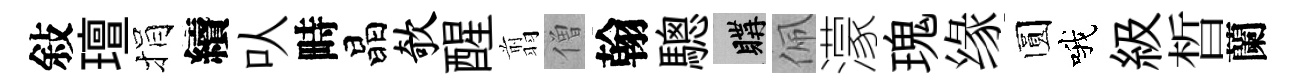
敍璮捐續㕥畤晶欹醒翦僧翰驄購佩濛瑰缘圆哦級晳蘭